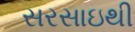
સરસાઇથી